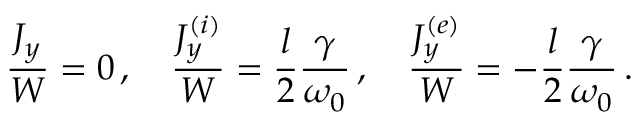
\frac { J _ { y } } { W } = 0 \, , \quad \frac { J _ { y } ^ { ( i ) } } { W } = \frac { l } { 2 } \frac { \gamma } { \omega _ { 0 } } \, , \quad \frac { J _ { y } ^ { ( e ) } } { W } = - \frac { l } { 2 } \frac { \gamma } { \omega _ { 0 } } \, .